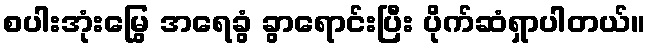
စပါးအုံးမြွေ အရေခွံ ခွာရောင်းပြီး ပိုက်ဆံရှာပါတယ်။